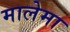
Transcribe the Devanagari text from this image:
मालेमा